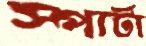
স্পার্টা